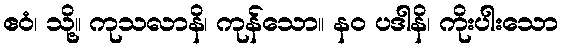
ဧဝံ၊ သို့။ ကုသလာနိ၊ ကုန်သော။ နဝ ပဒါနိ၊ ကိုးပါးသော